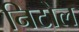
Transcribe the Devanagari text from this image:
निटोल